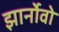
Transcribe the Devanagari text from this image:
झार्नोवो